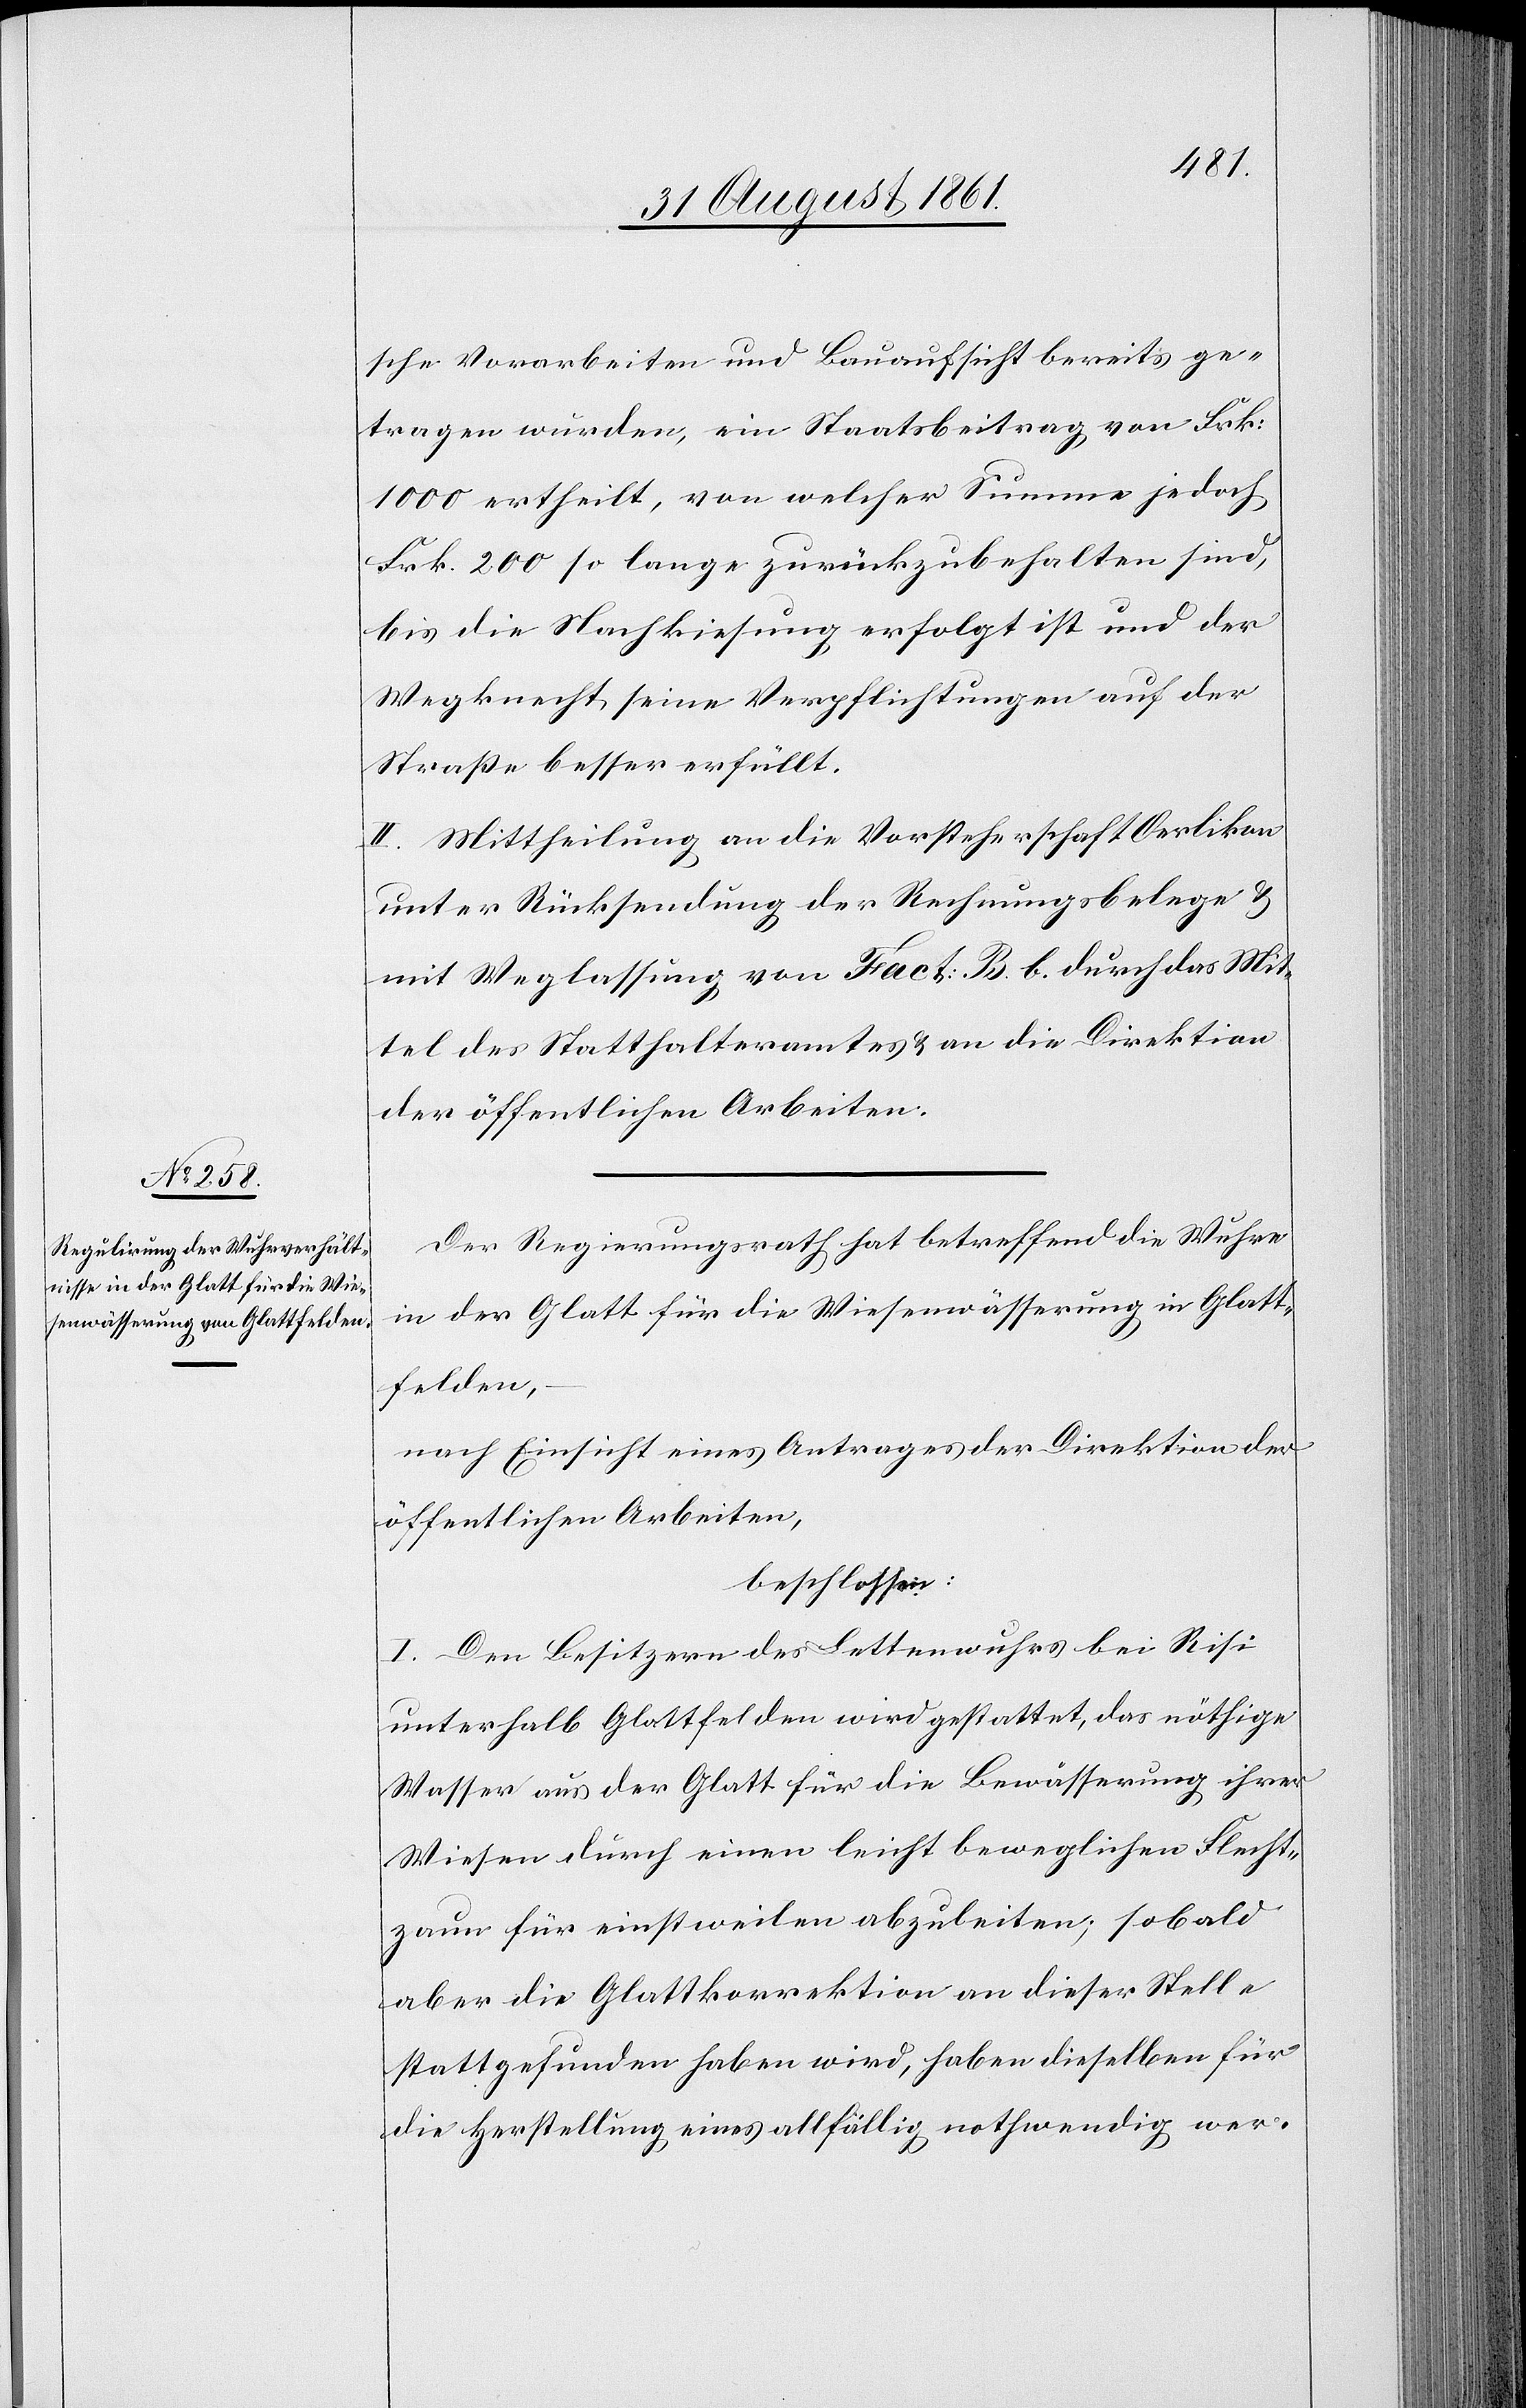
sche Vorarbeiten und Bauaufsicht bereits ge¬
tragen würden, ein Staatsbeitrag von Frk.
1000 ertheilt, von welcher Summe jedoch
Frk. 200 so lange zurückzubehalten sind,
bis die Nachkiesung erfolgt ist und der
Wegknecht seine Verpflichtungen auf der
Straße besser erfüllt.
II. Mittheilung an die Vorsteherschaft Oerlikon
unter Rücksendung der Rechnungsbelege u.
mit Weglassung von Fact: B. b. durch das Mit¬
tel des Statthalteramtes u. an die Direktion
der öffentlichen Arbeiten.
Der Regierungsrath hat betreffend die Wuhre
in der Glatt für die Wiesenwässerung in Glatt¬
felden,
nach Einsicht eines Antrages der Direktion der
öffentlichen Arbeiten,
beschlossen:
I. Den Besitzern des Lettenwuhres bei Risi
unterhalb Glattfelden wird gestattet, das nöthige
Wasser aus der Glatt für die Bewässerung ihrer
Wiesen durch einen leicht beweglichen Flucht¬
zaun für einstweilen abzuleiten; sobald
aber die Glattkorrektion an dieser Stelle
stattgefunden haben wird, haben dieselben für
die Herstellung eines allfällig nothwendig wer-